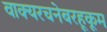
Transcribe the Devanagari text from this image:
वाक्यरचनेबरहूकूम